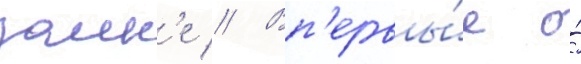
замк'е // Вп'ервы́е о́